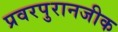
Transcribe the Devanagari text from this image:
प्रवरपुरानजीक